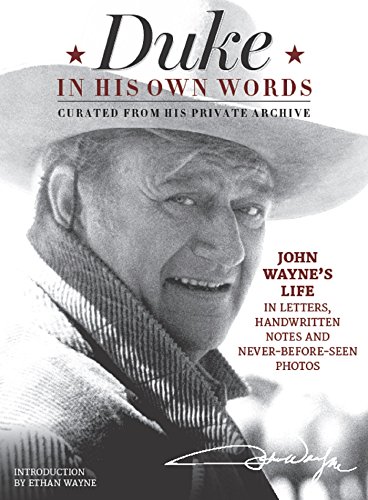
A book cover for Duke in His Own Words: John Wayne's Life in Letters, Handwritten Notes and Never-Before-Seen Photos Curated from His Private Archive; Editors of the Official John Wayne Magazine; Humor & Entertainment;